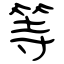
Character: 等